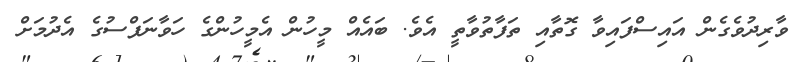
ވާރިދުވެގެން އައިސްފައިވާ ގޮތާއި ތަފާތުވާތީ އެވެ. ބައެއް މީހުން އެމީހުންގެ ހަވާނަފްސުގެ އެދުމަށް